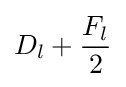
D_{l}+{\frac {F_{l}}{2}}